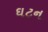
ઘટન